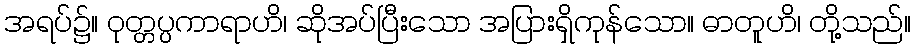
အရပ်၌။ ဝုတ္တပ္ပကာရာဟိ၊ ဆိုအပ်ပြီးသော အပြားရှိကုန်သော။ ဓာတူဟိ၊ တို့သည်။